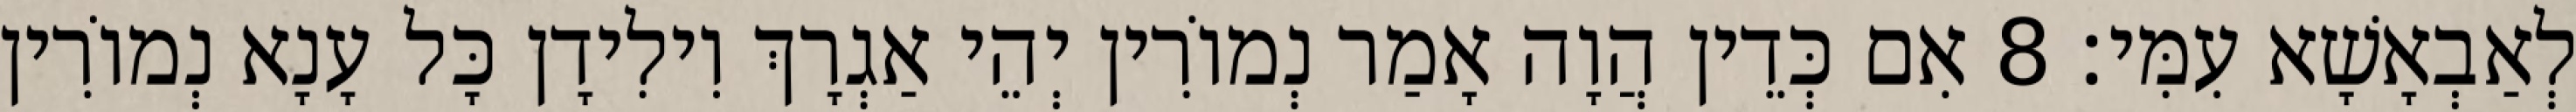
לְאַבְאָשָׁא עִמִּי׃ 8 אִם כְּדֵין הֲוָה אָמַר נְמוֹרִין יְהֵי אַגְרָךְ וִילִידָן כָּל עָנָא נְמוֹרִין